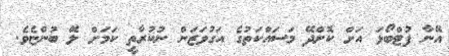
އޭނާ ފުޓްބޯޅަ އަށް ކޮށްދޭ މަސައްކަތުގެ އަގުވަޒަން ނުކުރާތީ ކަމަށް ލަޭ ބުންޏެވެ.